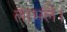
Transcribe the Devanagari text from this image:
लाभले।